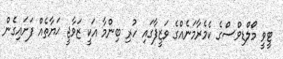
ޓީވީ މޯލްޑިވްސްގެ ކެމެރާމަނެއްގެ ވަޒީފާގައި ހުރި ބިންމާ އަކީ ޒަވާޖީ ޙަޔާތެއް ފަށައިގެން